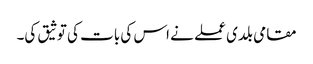
مقامی بلدی عملے نے اس کی بات کی توثیق کی۔